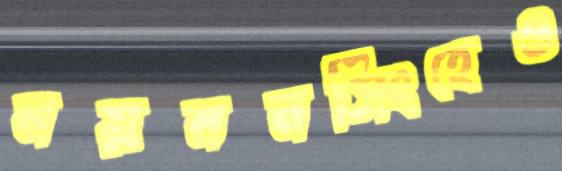
ময়মনসিংহেও